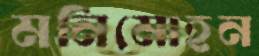
মনিমোহন